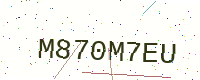
Text: M870M7EU